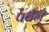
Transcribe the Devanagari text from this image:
पर्वन्